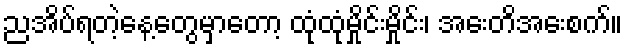
ညအိပ်ရတဲ့နေ့တွေမှာတော့ ထုံထုံမှိုင်းမှိုင်း၊ အေးတိအေးစက်။